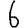
Digit: 6